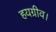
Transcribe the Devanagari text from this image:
हयग्रीव।